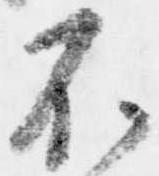
不